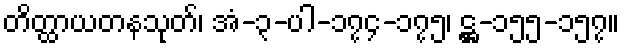
တိတ္ထာယတနသုတ်၊ အံ-၃-ပါ-၁၇၄-၁၇၅၊ ဋ္ဌ-၁၅၅-၁၅၇။